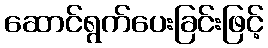
ဆောင်ရွက်ပေးခြင်းဖြင့်